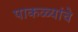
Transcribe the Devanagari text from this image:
पाकळ्यांचे